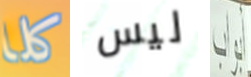
كلا ليس أبواب